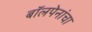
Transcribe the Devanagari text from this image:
बॉलपेनांचा